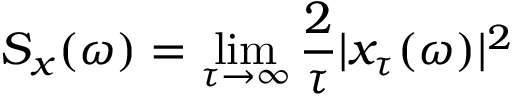
S _ { x } ( \omega ) = \operatorname* { l i m } _ { \tau \to \infty } \frac { 2 } { \tau } | x _ { \tau } ( \omega ) | ^ { 2 }